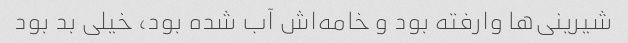
شیرینی‌ها وارفته بود و خامه‌اش آب شده بود، خیلی بد بود